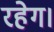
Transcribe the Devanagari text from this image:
रहेग।